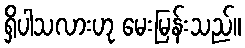
ရှိပါသလားဟု မေးမြန်းသည်။